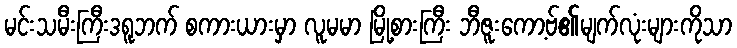
မင်းသမီးကြီးဒရူဘက် စကားယားမှာ လူမမာ မြို့စားကြီး ဘီဇူးကော့ဗ်၏မျက်လုံးများကိုသာ